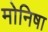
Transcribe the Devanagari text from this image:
मोनिषा